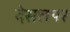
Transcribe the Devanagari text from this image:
देसलपर